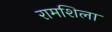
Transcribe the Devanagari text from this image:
रामशिला